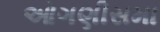
ઓગણીસમા